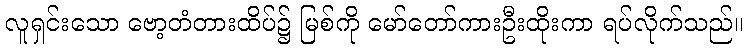
လူရှင်းသော ဗော့တံတားထိပ်၌ မြစ်ကို မော်တော်ကားဦးထိုးကာ ရပ်လိုက်သည်။